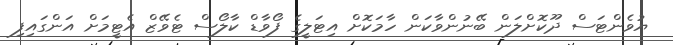
ޔުވެންޓަސް ދޫކޮށްލަން ބޭނުންވާކަން ހާމަކޮށް އިޓަލީގެ ފޯވާޑް ކާލޯސް ޓެވޭޒް އެޓީމަށް އަންގަައިފި